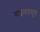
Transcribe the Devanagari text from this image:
माइनपासून